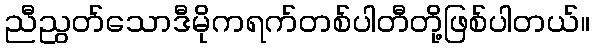
ညီညွတ်သောဒီမိုကရက်တစ်ပါတီတို့ဖြစ်ပါတယ်။